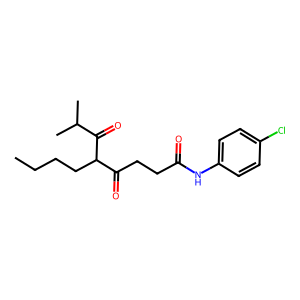
SMILES: CCCCC(C(=O)CCC(=O)Nc1ccc(Cl)cc1)C(=O)C(C)C
Inhibits HIV replication: No